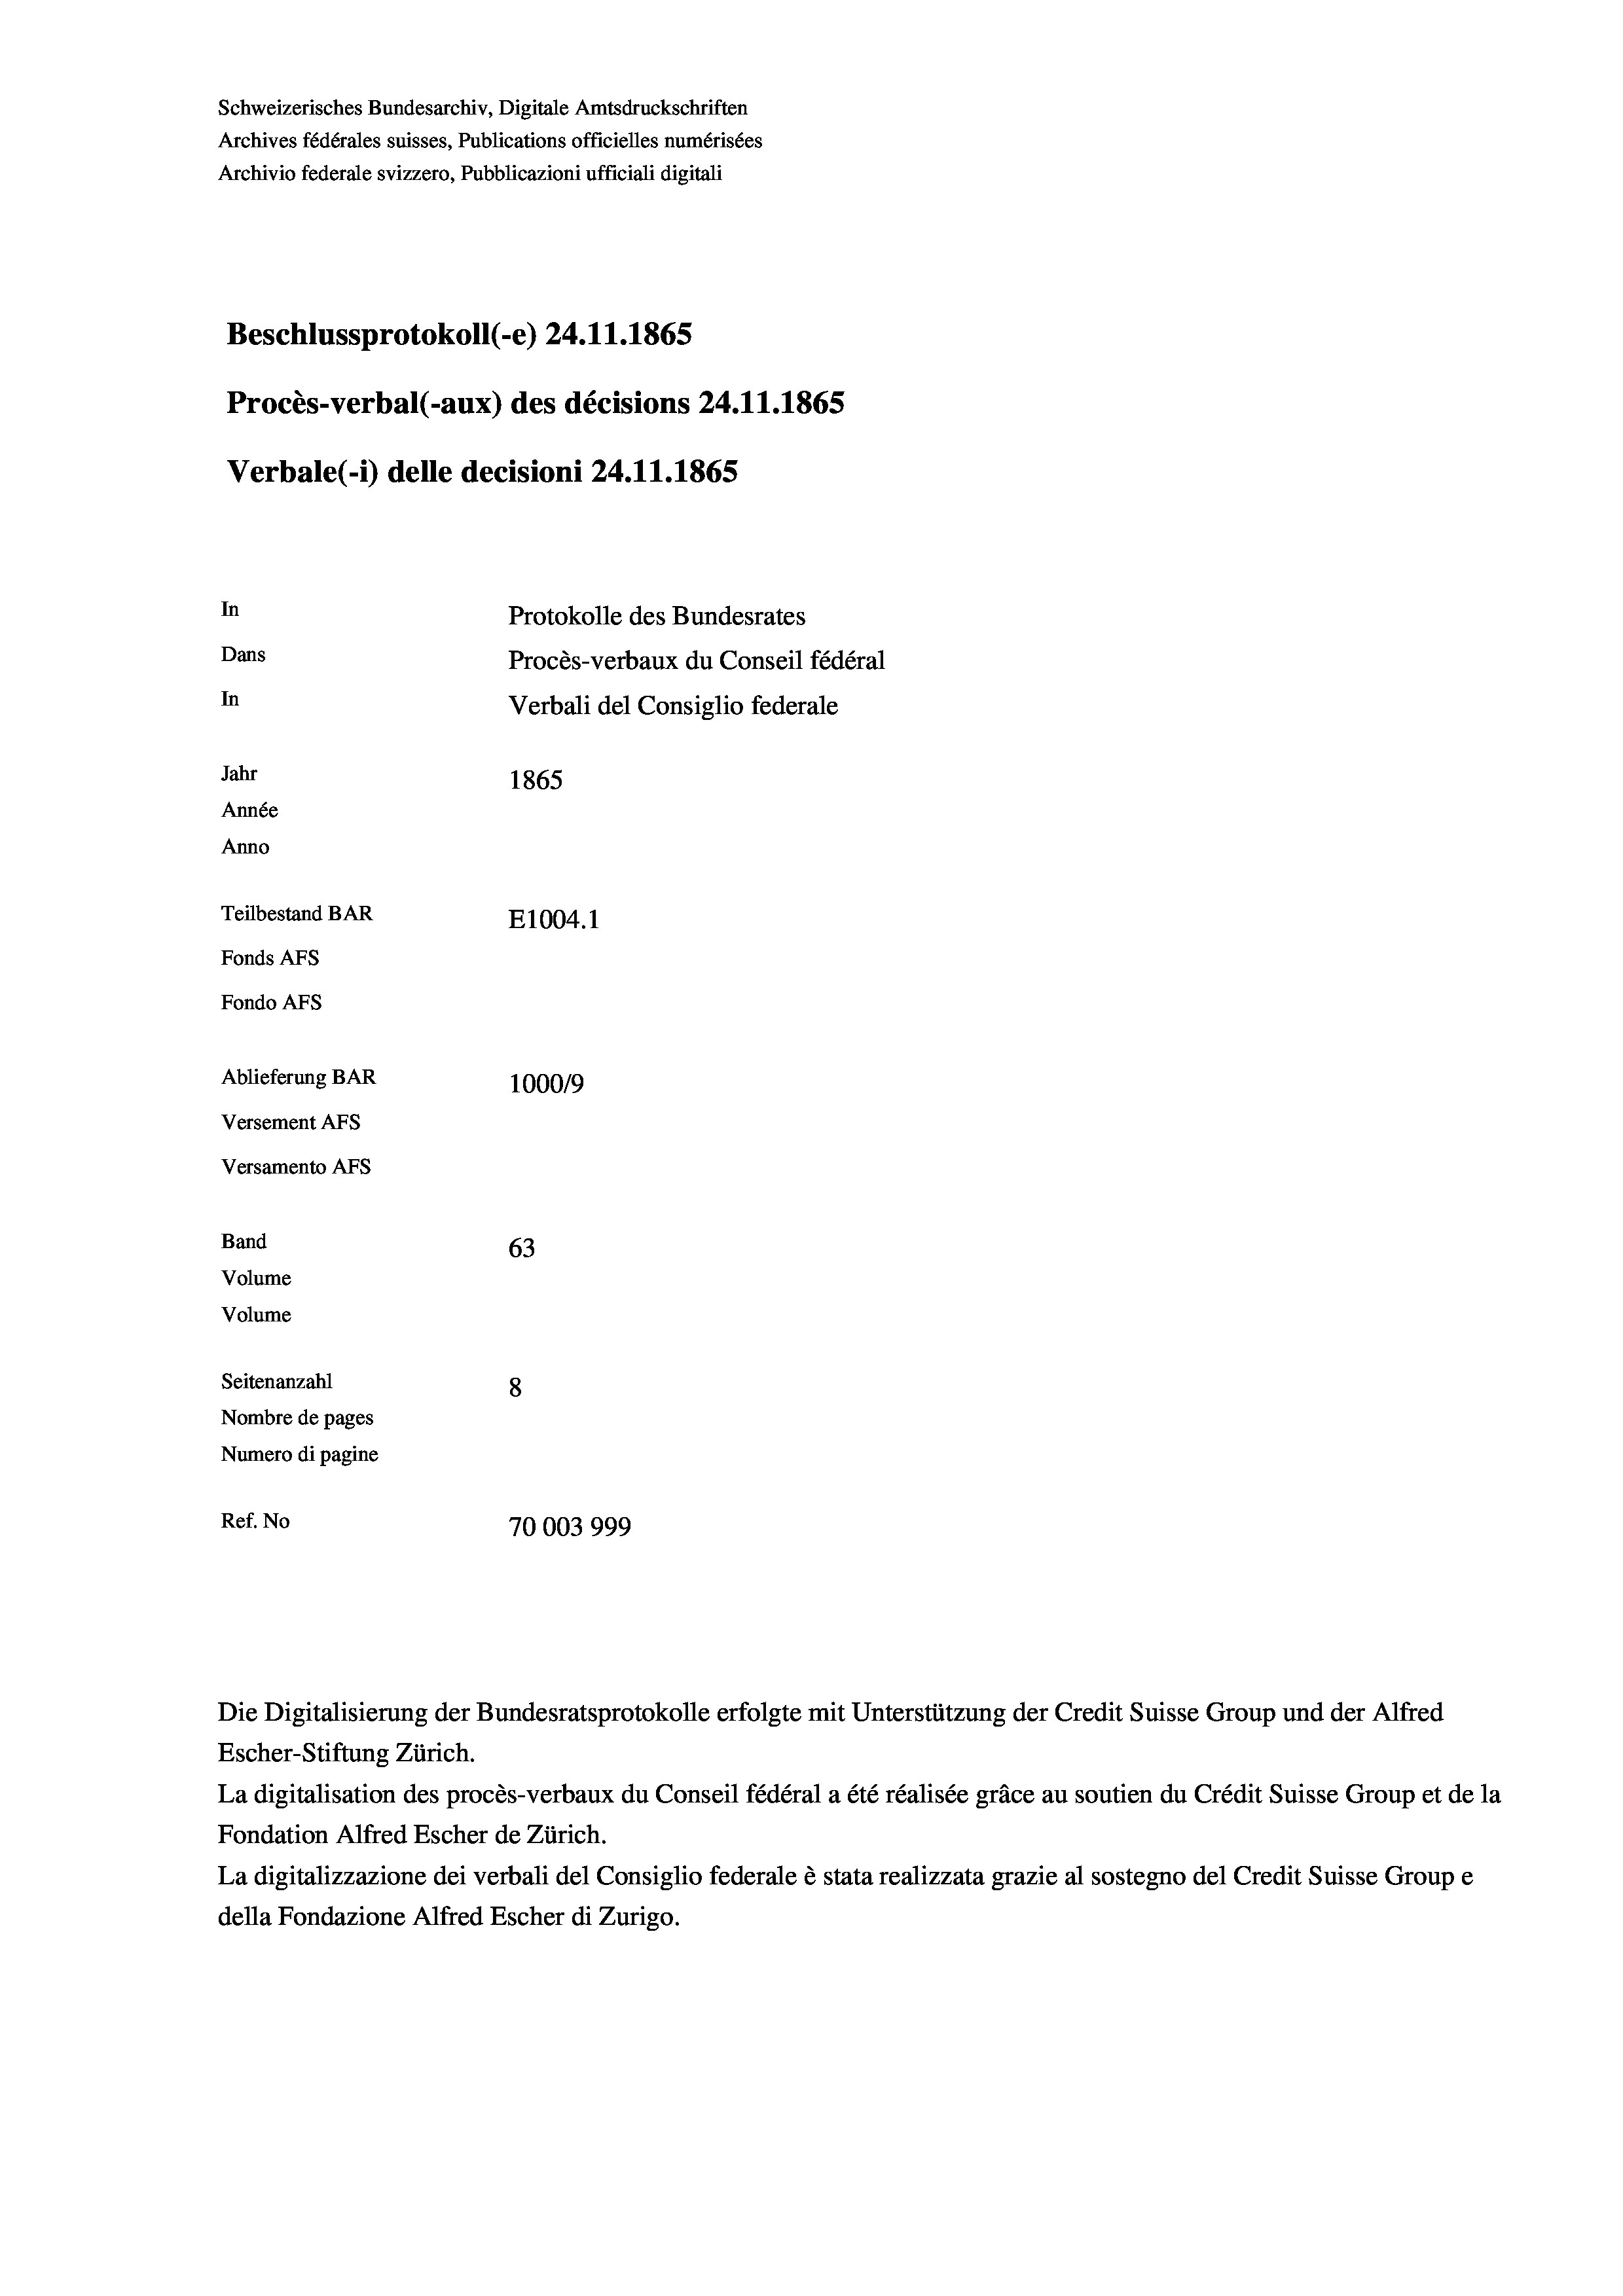
Schweizerisches Bundesarchiv, Digitale Amtsdruckschriften
Archives fédérales suisses, Publications officielles numérisées
Archivio federale svizzero, Pubblicazioni ufficiali digitali
Beschlussprotokoll (-e) 24.11.1865
Procès-verbal (-aux) des décisions 24.11.1865
Verbale (i) delle decisioni 24.11.1865
In
Protokolle des Bundesrates
Dans
Procès-verbaux du Conseil fédéral
In
Verbali del Consiglio federale
Jahr
1865
Année
Anno
Teilbestand BAR
E1004. 1
Fonds AFs
Fondo AFS
Ablieferung BAR
100019
Versement AFS
Versamento Afs
Band
63
Volume
Volume

Seitenanzahl
8
Nombre de pages
Numero di pagine
Ref. No
70003999

Escher-Stiftung Zürich.
La digitalisation des procès-verbaux du Conseil fédéral a été réalisée gräce au soutien du Crédit Suisse Group et de la
Fondation Alfred Escher de Zürich.
La digitalizzazione dei verbali del Consiglio federale è stata realizzata grazie al sostegno del Credit Suisse Groupe
della Fondazione Alfred Escher di Zurigo.

Die Digitalisierung der Bundesratsprotokolle erfolgte mit Unterstützung der Credit Suisse Group und der Alfred